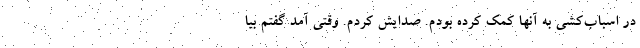
در اسباب‌کشی به آنها کمک کرده بودم. صدایش کردم. وقتی آمد گفتم بیا